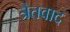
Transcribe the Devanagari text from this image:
त्रैतवाद